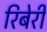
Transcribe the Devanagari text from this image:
रिबेरी